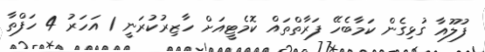
ފުލޫއާ ގުޅިގެން ކަމާބެހޭ ފަރާތްތައް ކޮމެޓީއަށް ހާޒިރުކުރަނީ 1 އަހަރު 4 ހަފްތާ